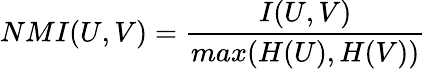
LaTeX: NMI(U,V)=\frac{I(U,V)}{max(H(U),H(V))}